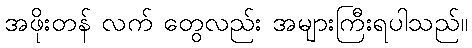
အဖိုးတန် လက် တွေလည်း အများကြီးရပါသည်။